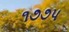
૧૭૭પ